Indian journal of veterinary science and animal husbandry - Volumes 24-25, 1954-1955
Year: 1954
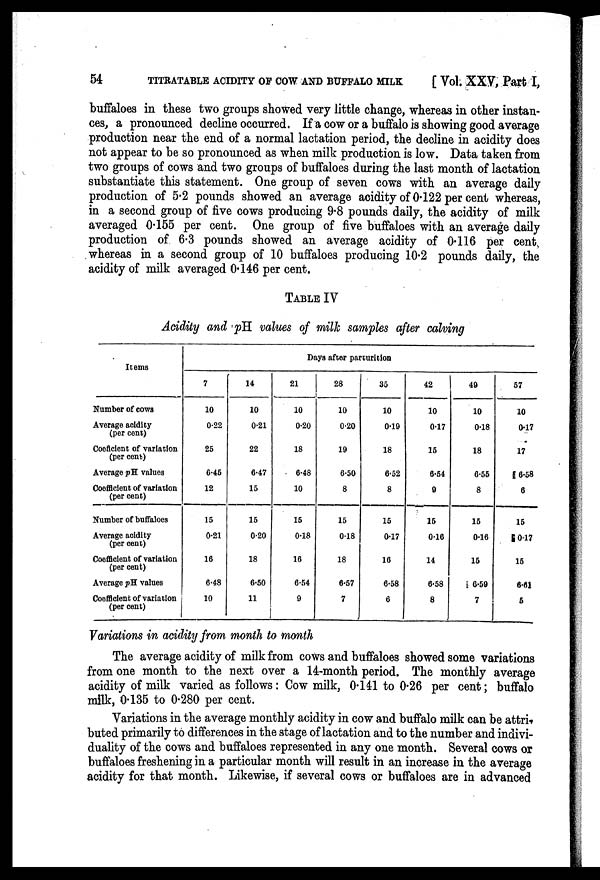
54
TITRATABLE ACIDITY OF COW AND BUFFALO MILK
[Vol. XXV, Part I,
buffaloes in these two groups showed very little change, whereas in other instan-
ces, a pronounced decline occurred. If a cow or a buffalo is showing good average
production near the end of a normal lactation period, the decline in acidity does
not appear to be so pronounced as when milk production is low. Data taken from
two groups of cows and two groups of buffaloes during the last month of lactation
substantiate this statement. One group of seven cows with an average daily
production of 5.2 pounds showed an average acidity of 0.122 per cent whereas,
in a second group of five cows producing 9.8 pounds daily, the acidity of milk
averaged 0.155 per cent. One group of five buffaloes with an average daily
production of 6.3 pounds showed an average acidity of 0.116 per cent.
whereas in a second group of 10 buffaloes producing 10.2 pounds daily, the
acidity of milk averaged 0.146 per cent.
TABLE IV
Acidity and pH values of milk samples after calving
Items
Number of cows
Average acidity
(per cent)
Coeficient of variation
(per cent)
Average pH values
Coefficient of variation
(per cent)
Number of buffaloes
Average acidity
(per cent)
Coefficient of variation
(per cent)
Average pH values
Coefficient of variation
(per cent)
Days after parturition
7
10
0.22
25
6.46
12
15
0.21
16
6.48
10
14
10
0.21
22
6.47
15
15
0.20
18
6.50
11
21
10
0.20
18
6.48
10
15
0.18
16
6.54
9
28
10
0.20
19
6.50
8
15
0.18
18
6.57
7
35
10
0.19
18
6.52
8
15
0.17
16
6.58
6
42
10
0.17
15
6.54
9
15
0.16
14
6.58
8
49
10
0.18
18
6.55
8
15
0.16
15
6.59
7
57
10
0.17
17
6.58
6
15
017
15
6.61
5
Variations in acidity from month to month
The average acidity of milk from cows and buffaloes showed some variations
from one month to the next over a 14-month period. The monthly average
acidity of milk varied as follows: Cow milk, 0.141 to 0.26 per cent; buffalo
milk, 0.135 to 0.280 per cent.
Variations in the average monthly acidity in cow and buffalo milk can be attri-
buted primarily to differences in the stage of lactation and to the number and indivi-
duality of the cows and buffaloes represented in any one month. Several cows or
buffaloes freshening in a particular month will result in an increase in the average
acidity for that month. Likewise, if several cows or buffaloes are in advanced